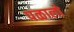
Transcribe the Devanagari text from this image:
पळालो